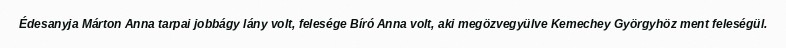
Édesanyja Márton Anna tarpai jobbágy lány volt, felesége Bíró Anna volt, aki megözvegyülve Kemechey Györgyhöz ment feleségül.